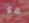
هو